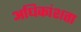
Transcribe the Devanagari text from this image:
अधिकांशता